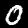
Digit: 0